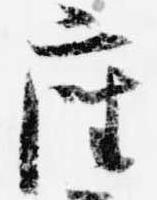
座